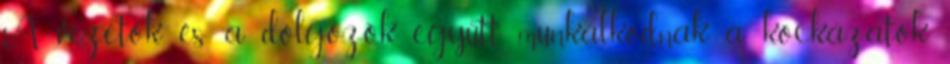
A vezetők és a dolgozók együtt munkálkodnak a kockázatok